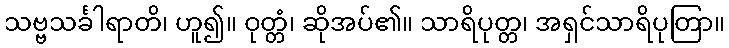
သဗ္ဗသင်္ခါရာတိ၊ ဟူ၍။ ဝုတ္တံ၊ ဆိုအပ်၏။ သာရိပုတ္တ၊ အရှင်သာရိပုတြာ။